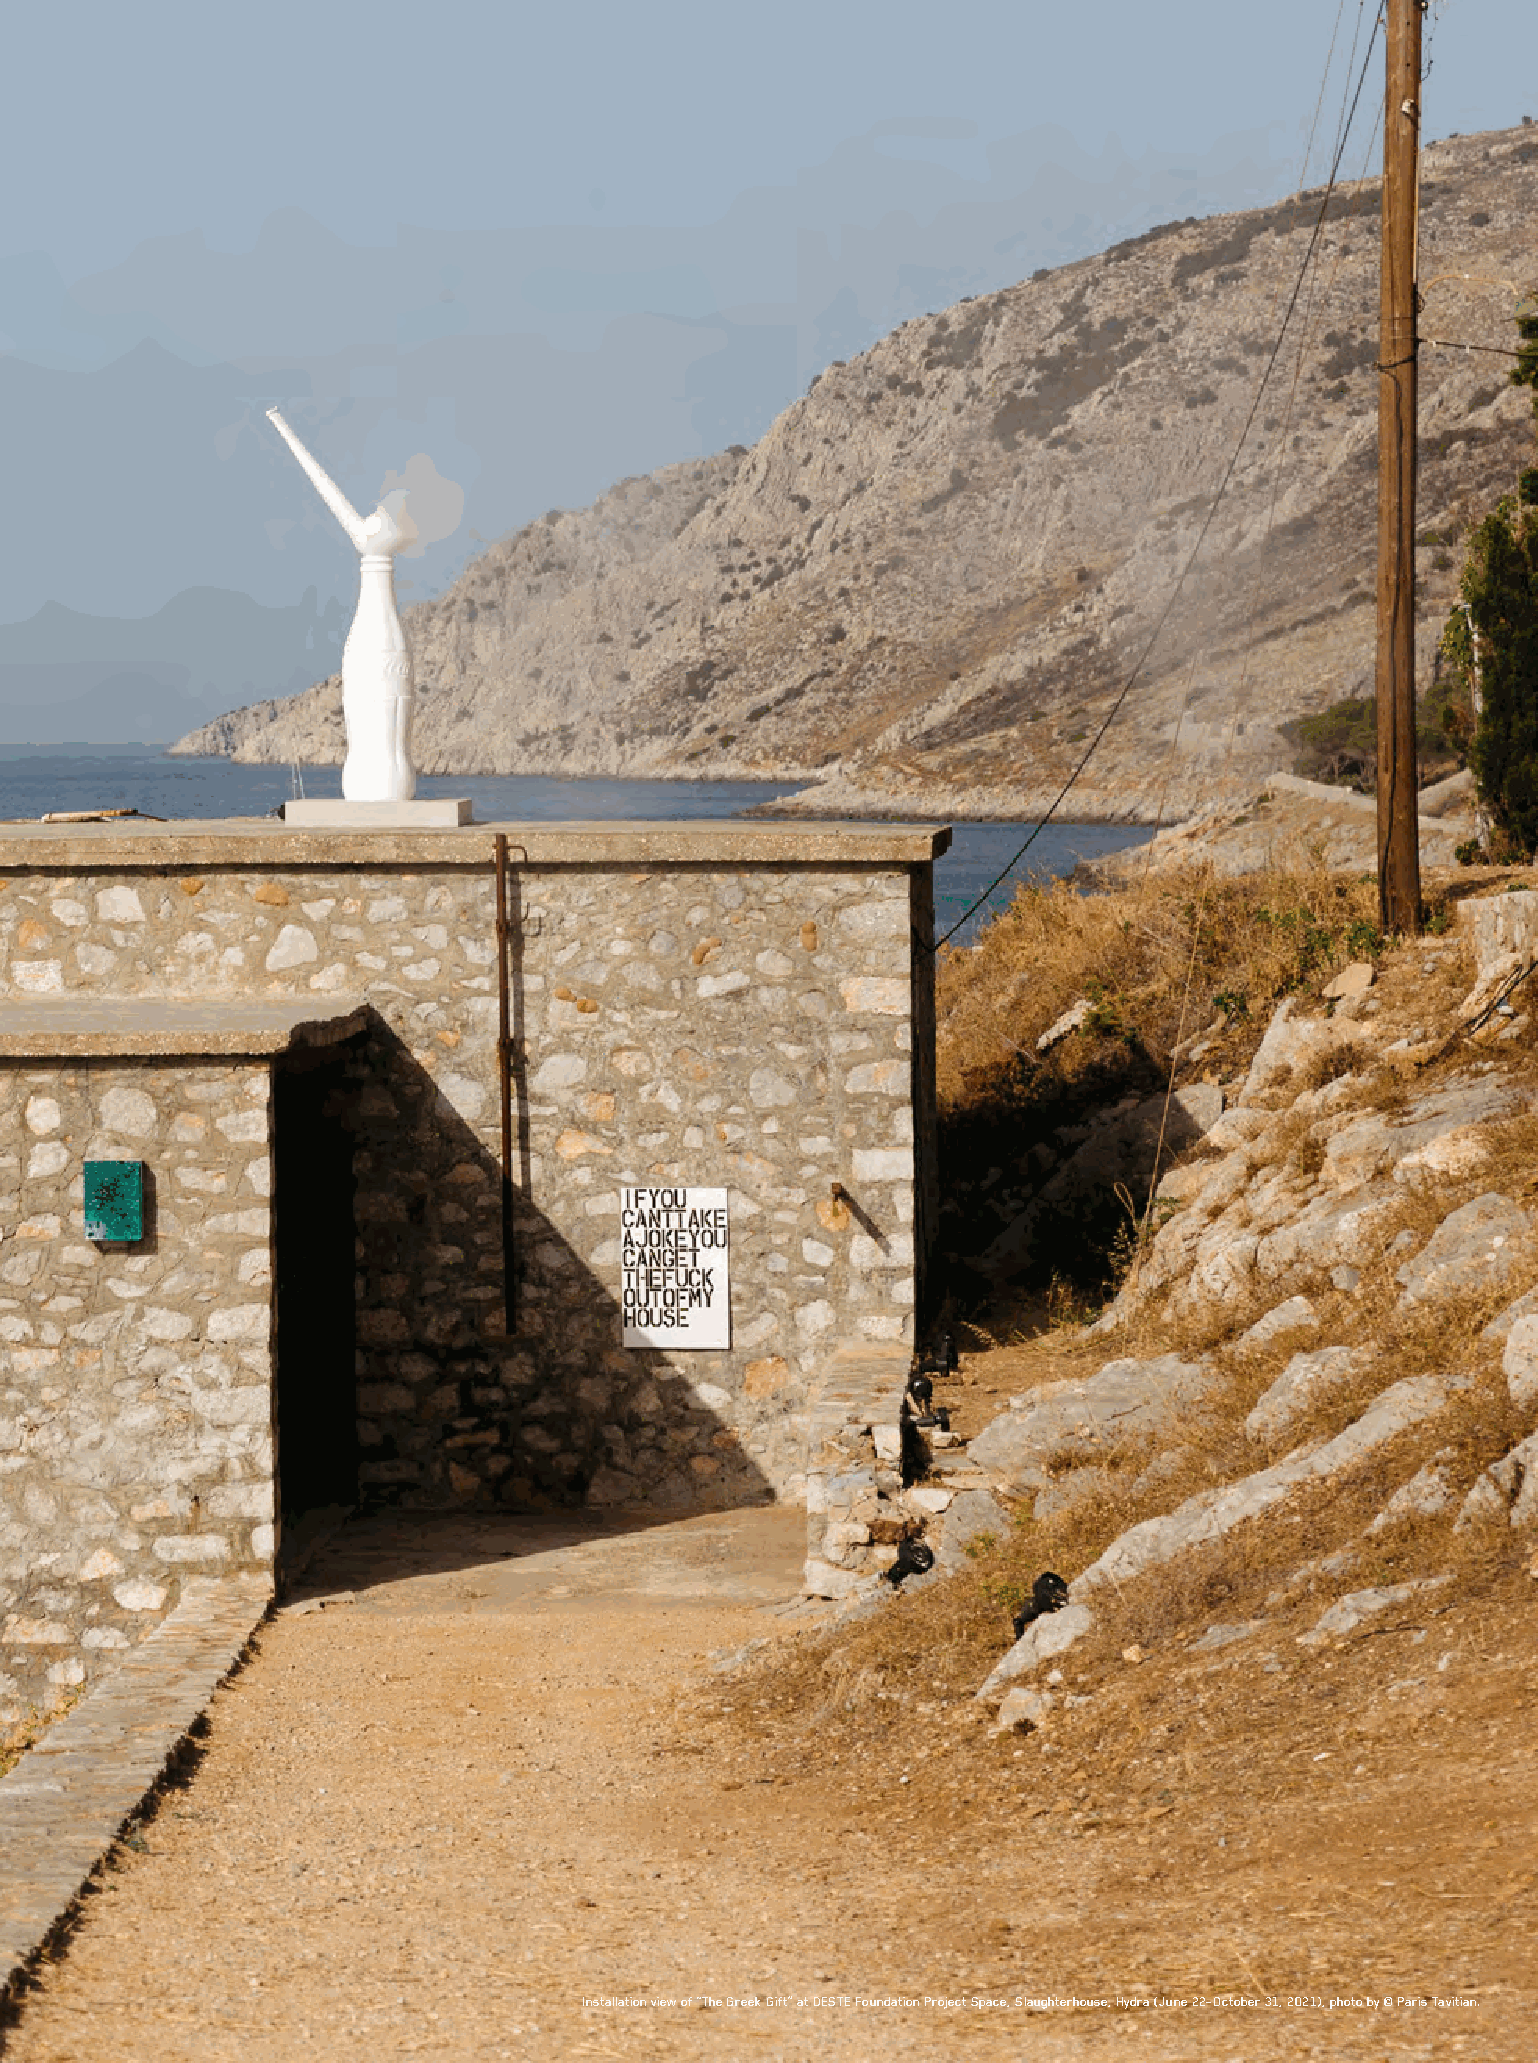
Continuing a collection built on
 conversations and friendships.
 BY MICHAEL KLUG
 Installation view of “The Greek Gift” at DESTE Foundation Project Space, Slaughterhouse, Hydra (June 22–October 31, 2021), photo by © Paris Tavitian.
 WHITEWALL 93